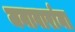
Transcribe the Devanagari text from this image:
जनावारांना